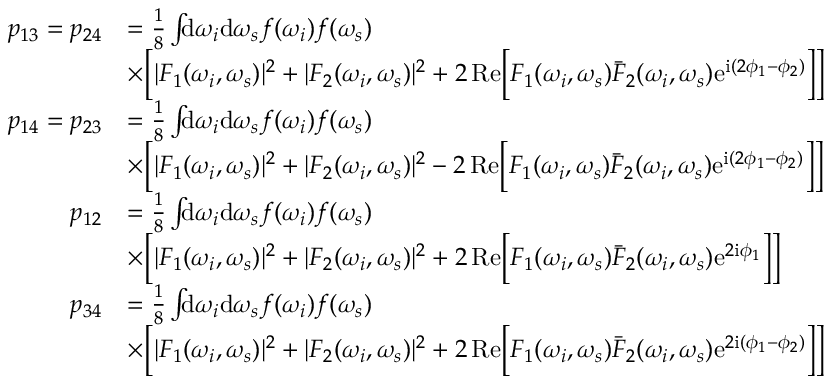
\begin{array} { r l } { p _ { 1 3 } = p _ { 2 4 } } & { = \frac { 1 } { 8 } \int \! \! \! \mathrm { d } \omega _ { i } \mathrm { d } \omega _ { s } f ( \omega _ { i } ) f ( \omega _ { s } ) } \\ & { \times \Big [ | F _ { 1 } ( \omega _ { i } , \omega _ { s } ) | ^ { 2 } + | F _ { 2 } ( \omega _ { i } , \omega _ { s } ) | ^ { 2 } + 2 \, \mathrm { R e } \Big [ F _ { 1 } ( \omega _ { i } , \omega _ { s } ) \bar { F } _ { 2 } ( \omega _ { i } , \omega _ { s } ) \mathrm { e } ^ { \mathrm { i } ( 2 \phi _ { 1 } - \phi _ { 2 } ) } \Big ] \Big ] } \\ { p _ { 1 4 } = p _ { 2 3 } } & { = \frac { 1 } { 8 } \int \! \! \! \mathrm { d } \omega _ { i } \mathrm { d } \omega _ { s } f ( \omega _ { i } ) f ( \omega _ { s } ) } \\ & { \times \Big [ | F _ { 1 } ( \omega _ { i } , \omega _ { s } ) | ^ { 2 } + | F _ { 2 } ( \omega _ { i } , \omega _ { s } ) | ^ { 2 } - 2 \, \mathrm { R e } \Big [ F _ { 1 } ( \omega _ { i } , \omega _ { s } ) \bar { F } _ { 2 } ( \omega _ { i } , \omega _ { s } ) \mathrm { e } ^ { \mathrm { i } ( 2 \phi _ { 1 } - \phi _ { 2 } ) } \Big ] \Big ] } \\ { p _ { 1 2 } } & { = \frac { 1 } { 8 } \int \! \! \! \mathrm { d } \omega _ { i } \mathrm { d } \omega _ { s } f ( \omega _ { i } ) f ( \omega _ { s } ) } \\ & { \times \Big [ | F _ { 1 } ( \omega _ { i } , \omega _ { s } ) | ^ { 2 } + | F _ { 2 } ( \omega _ { i } , \omega _ { s } ) | ^ { 2 } + 2 \, \mathrm { R e } \Big [ F _ { 1 } ( \omega _ { i } , \omega _ { s } ) \bar { F } _ { 2 } ( \omega _ { i } , \omega _ { s } ) \mathrm { e } ^ { 2 \mathrm { i } \phi _ { 1 } } \Big ] \Big ] } \\ { p _ { 3 4 } } & { = \frac { 1 } { 8 } \int \! \! \! \mathrm { d } \omega _ { i } \mathrm { d } \omega _ { s } f ( \omega _ { i } ) f ( \omega _ { s } ) } \\ & { \times \Big [ | F _ { 1 } ( \omega _ { i } , \omega _ { s } ) | ^ { 2 } + | F _ { 2 } ( \omega _ { i } , \omega _ { s } ) | ^ { 2 } + 2 \, \mathrm { R e } \Big [ F _ { 1 } ( \omega _ { i } , \omega _ { s } ) \bar { F } _ { 2 } ( \omega _ { i } , \omega _ { s } ) \mathrm { e } ^ { 2 \mathrm { i } ( \phi _ { 1 } - \phi _ { 2 } ) } \Big ] \Big ] } \end{array}